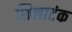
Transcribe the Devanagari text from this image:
शिलाटंक